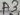
Text: A3